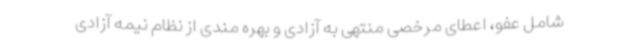
شامل عفو، اعطای مرخصی منتهی به آزادی و بهره مندی از نظام نیمه آزادی